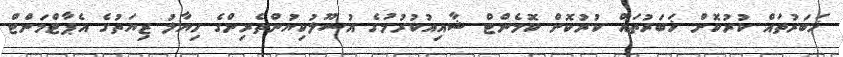
ޚަބަރުތައް ކުރުކޮށް ޚަބަރުތައް ކުރުކޮށް ކޮމެންޓް ޝާއިއުކުރުމުގެ އުސޫލުކިޔުންތެރިންގެ ހިޔާލު ޒިޔަތުގެ އެޕާޓްމަންޓް